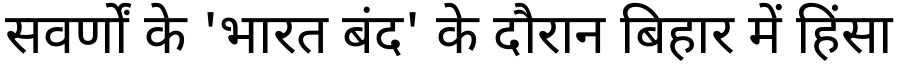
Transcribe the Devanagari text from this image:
सवर्णों के 'भारत बंद' के दौरान बिहार में हिंसा